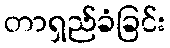
တာရှည်ခံခြင်း